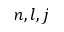
n , l , j